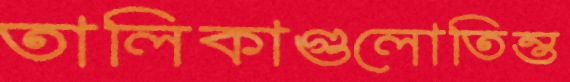
তালিকাগুলোতিন্ত